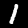
Digit: 1